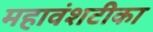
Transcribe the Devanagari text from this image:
महावंशटीका